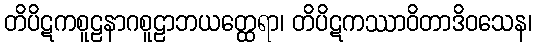
တိပိဋကစူဠနာဂစူဠာဘယတ္ထေရာ၊ တိပိဋကဿာဝိတာဒိဝသေန၊